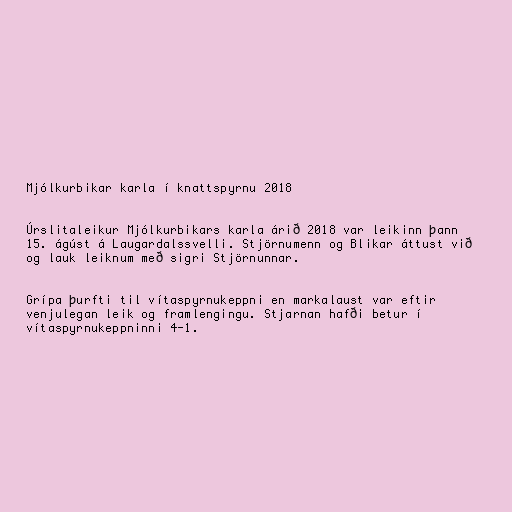
Mjólkurbikar karla í knattspyrnu 2018

Úrslitaleikur Mjólkurbikars karla árið 2018 var leikinn þann
15. ágúst á Laugardalssvelli. Stjörnumenn og Blikar áttust við
og lauk leiknum með sigri Stjörnunnar.

Grípa þurfti til vítaspyrnukeppni en markalaust var eftir
venjulegan leik og framlengingu. Stjarnan hafði betur í
vítaspyrnukeppninni 4-1.